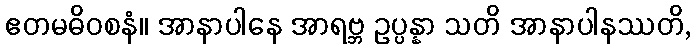
ဧတမဓိဝစနံ။ အာနာပါနေ အာရဗ္ဘ ဥပ္ပန္နာ သတိ အာနာပါနဿတိ,